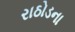
રાઠોડના